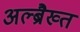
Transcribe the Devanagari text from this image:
अल्ब्रैख्त